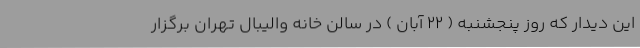
این دیدار که روز پنجشنبه ( 22 آبان ) در سالن خانه والیبال تهران برگزار